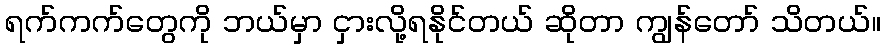
ရက်ကက်တွေကို ဘယ်မှာ ငှားလို့ရနိုင်တယ် ဆိုတာ ကျွန်တော် သိတယ်။